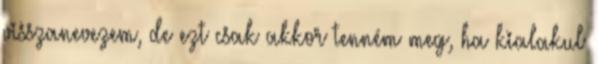
visszanevezem, de ezt csak akkor tenném meg, ha kialakul